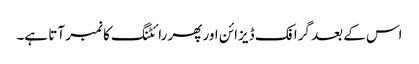
اس کے بعد گرافک ڈیزائن اور پھر رائٹنگ کا نمبر آتا ہے۔